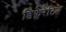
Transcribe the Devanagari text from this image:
डिक्लेरेटिव